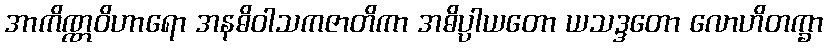
အာကိဏ္ဏဝိဟာရော အနဓိဝါသကဇာတိကာ အဓိပ္ပါယတော ယသဒ္ဒတော လောဟိတက္ခာ